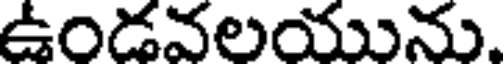
ఉండవలయును.